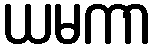
ယမကာ